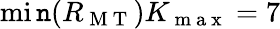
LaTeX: \operatorname*{mi\mathtt{n}}(R_{\mathrm{{~M~T~}}})K_{\mathrm{{~m~a~x~}}}=7